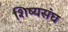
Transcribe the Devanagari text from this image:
शिष्यसंघ